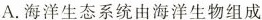
A.海洋生态系统由海洋生物组成